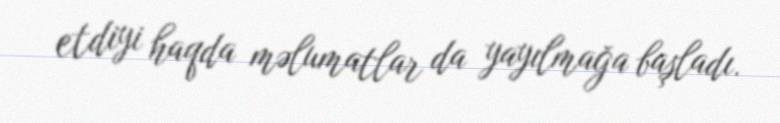
etdiyi haqda məlumatlar da yayılmağa başladı.